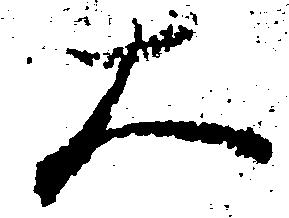
大